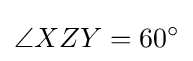
\angle {XZY}=60^{\circ }